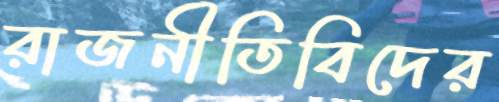
রাজনীতিবিদের